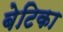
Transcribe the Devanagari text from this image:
बेटिका